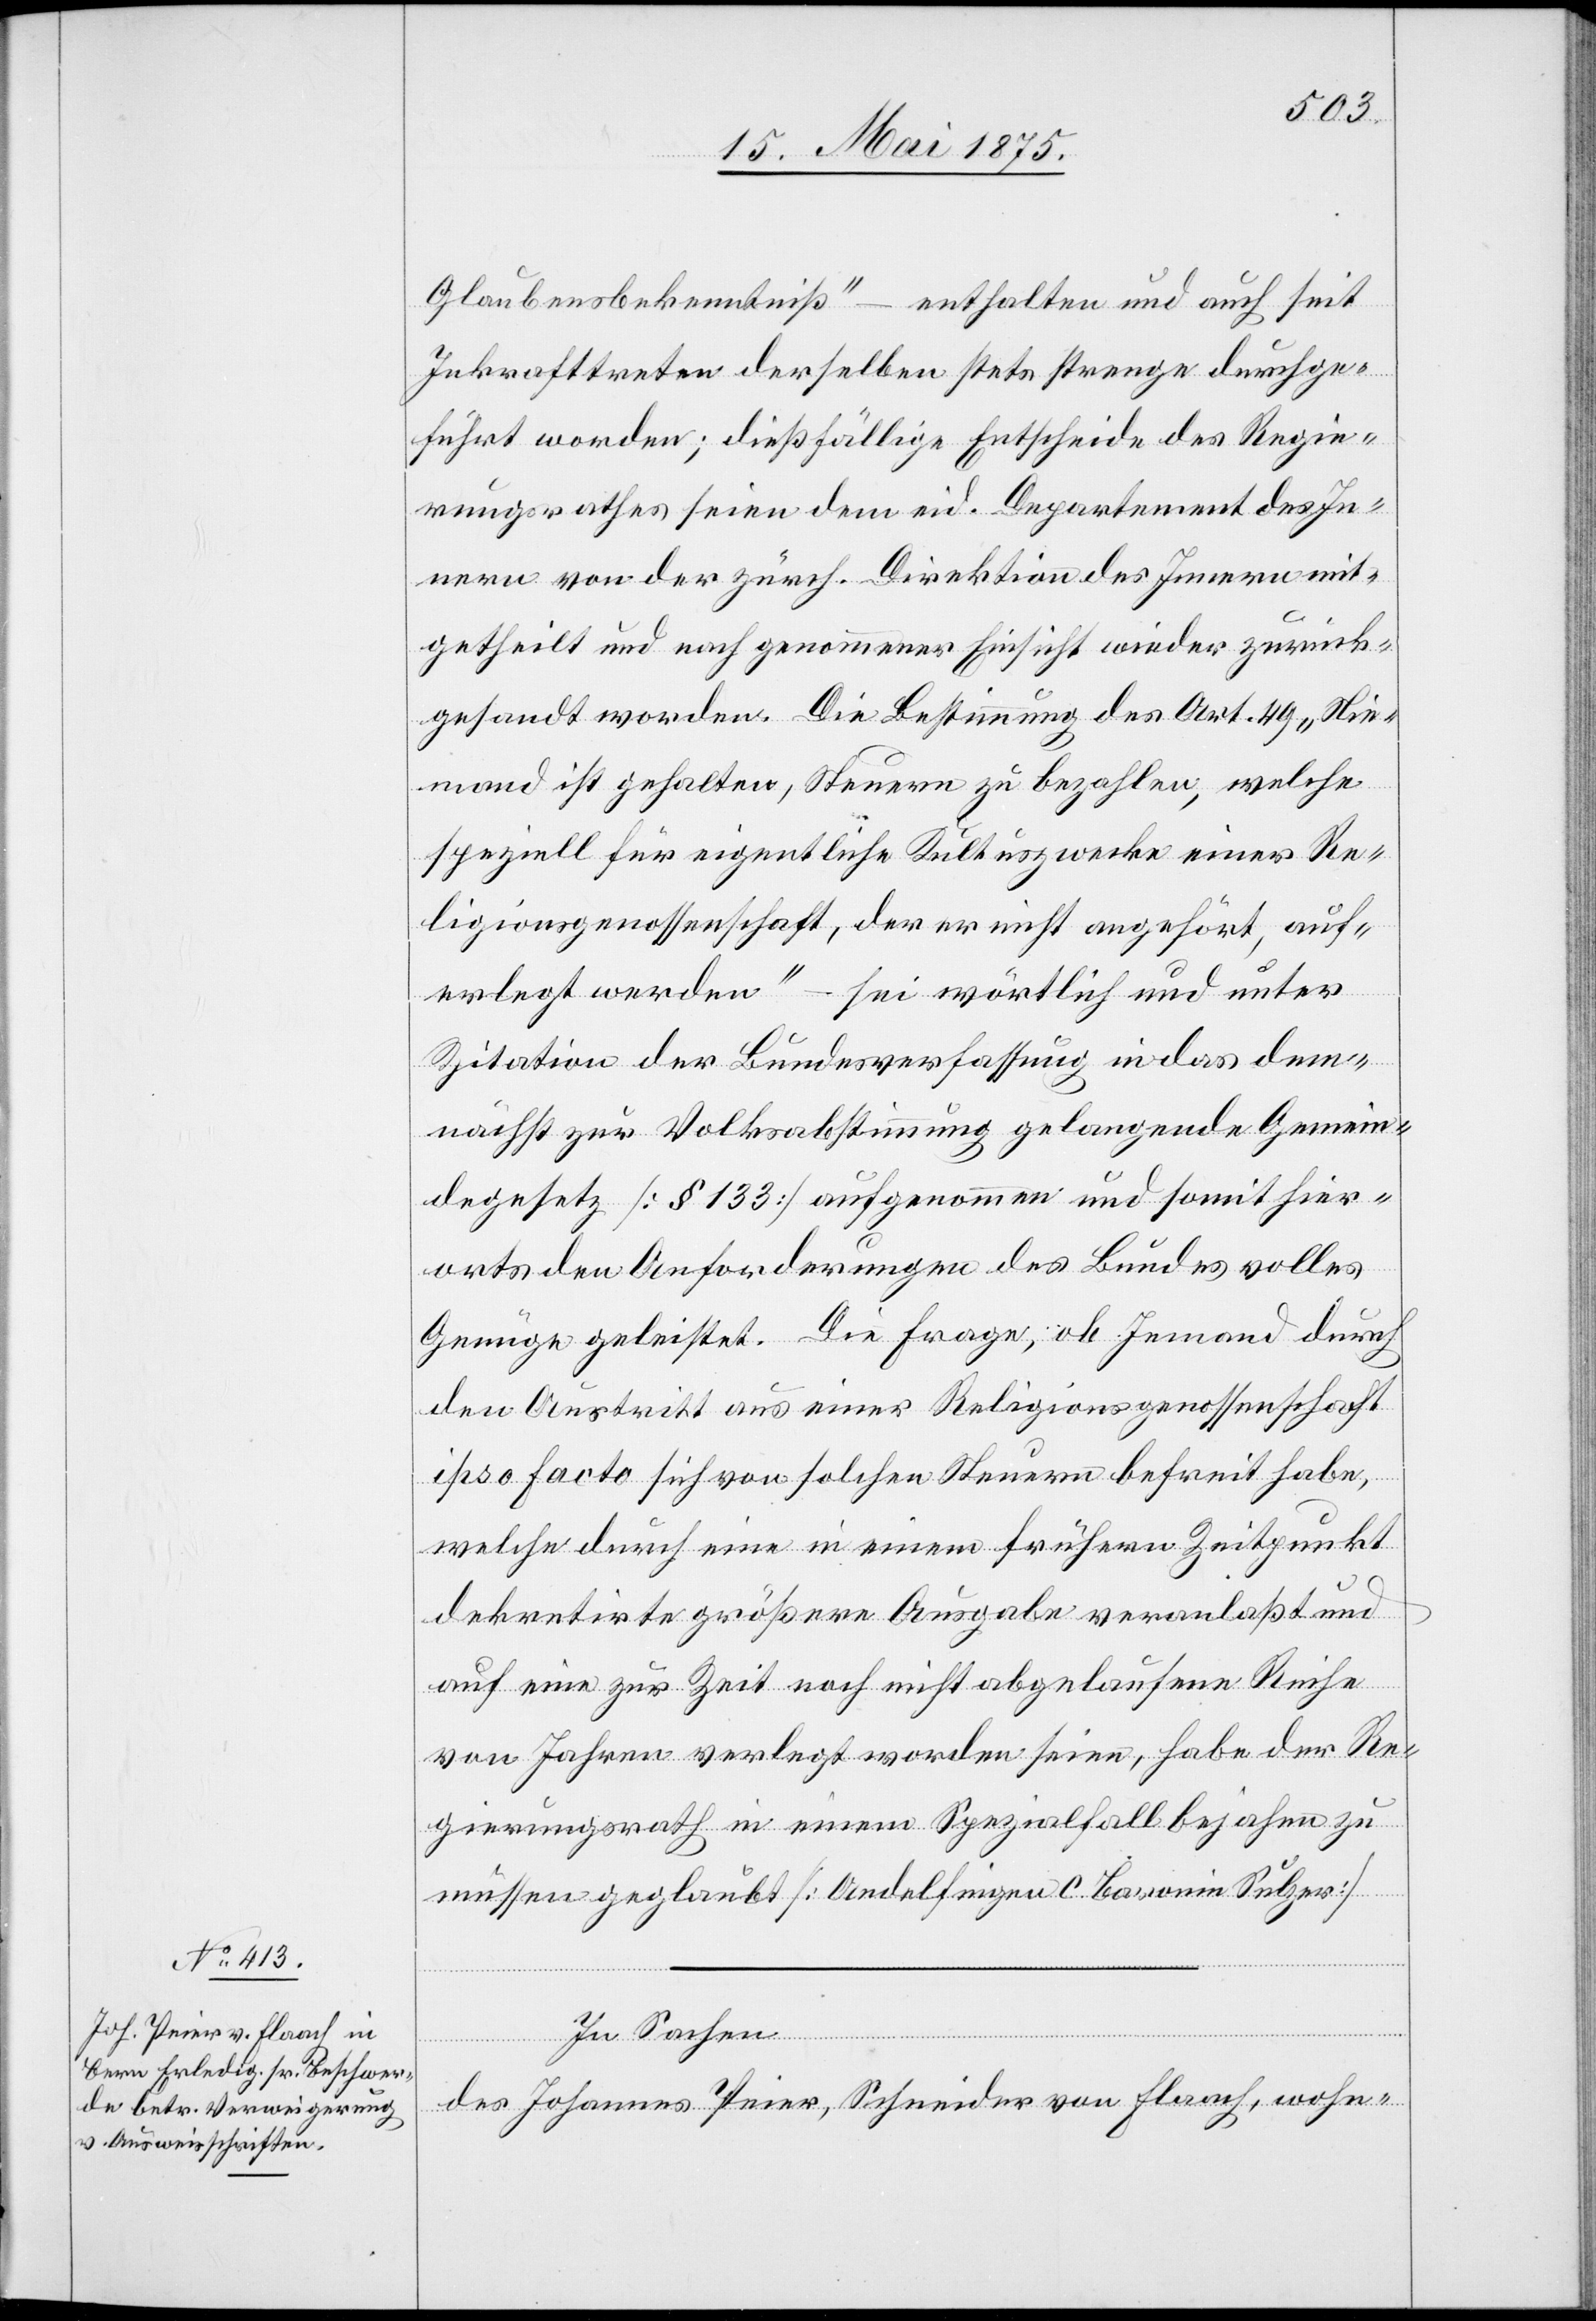
Glaubensbekenntniß“ – enthalten und auch seit
Inkrafttreten derselben stets strenge durchge¬
führt worden; dießfällige Entscheide des Regie¬
rungsrathes seien dem eid. Departement des Innern
mitgetheilt und nach genommener Einsicht wieder zurück¬
gesandt worden. Die Bestimmung des Art. 49 „Nie¬
mand ist gehalten, Steuern zu bezahlen, welche
speziell für eigentliche Kulturzwecke einer Re¬
ligionsgenossenschaft, der er nicht angehört, auf¬
erlegt werden“ – sei wörtlich und unter
Zitation der Bundesverfassung in das dem¬
nächst zur Volksabstimmung gelangende Gemein¬
degesetz [§ 133] aufgenommen und somit hier¬
orts den Anforderungen des Bundes volles
Genüge geleistet. Die Frage, ob Jemand durch
den Austritt aus einer Religionsgenossenschaft
ipso facto sich von solchen Steuern befreit habe,
welche durch eine in einem frühern Zeitpunkt
dekretirte größere Ausgabe veranlaßt und
auf eine zur Zeit noch nicht abgelaufene Reihe
von Jahren verlegt worden seien, habe der Re¬
gierungsrath in einem Spezialfall bejahen zu
müssen geglaubt [Andelfingen C. Baronin Sulzer].
In Sachen
des Johannes Peier, Schreiber von Flaach, wohn-